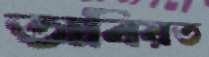
অবিয়ত